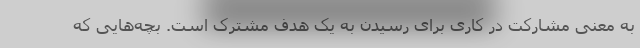
به معنی مشارکت در کاری برای رسیدن به یک هدف مشترک است. بچه‌هایی که